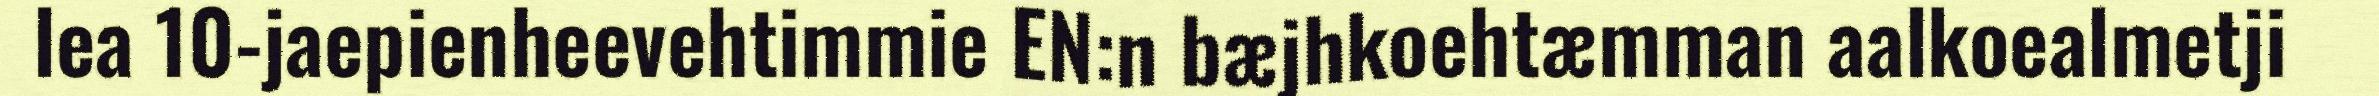
lea 10-jaepienheevehtimmie EN:n bæjhkoehtæmman aalkoealmetji